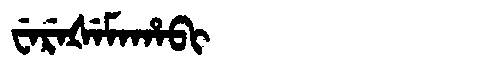
Manchu: ᠸᡝᡵᡝᡧᡝᠮᠠᡥᠠᠪᡳ
Romanization: WEREŠEMAHABI